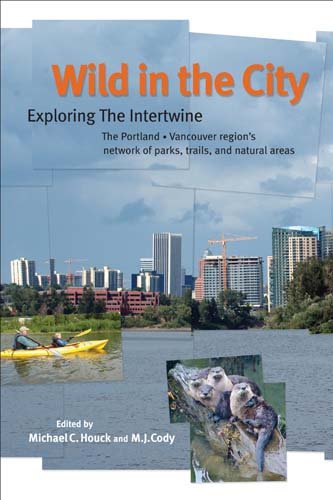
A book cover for Wild in the City: Exploring the Intertwine: The Portland-Vancouver Region's Network of Parks, Trails, and Natural Areas; Michael C. Houck; Sports & Outdoors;